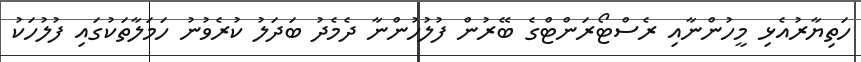
ހަތިޔާރުއެޅި މީހުންނާއި ރެސްޓޯރަންޓްގެ ބޭރުން ފުލުހުންނާ ދެމެދު ބަދަލު ކުރެވުނު ހަމަލާތަކުގައި ފުލުހަކު